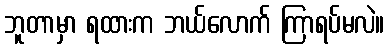
ဘူတာမှာ ရထားက ဘယ်လောက် ကြာရပ်မလဲ။